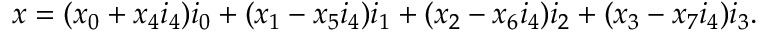
\begin{array} { r } { x = ( x _ { 0 } + x _ { 4 } i _ { 4 } ) i _ { 0 } + ( x _ { 1 } - x _ { 5 } i _ { 4 } ) i _ { 1 } + ( x _ { 2 } - x _ { 6 } i _ { 4 } ) i _ { 2 } + ( x _ { 3 } - x _ { 7 } i _ { 4 } ) i _ { 3 } . } \end{array}